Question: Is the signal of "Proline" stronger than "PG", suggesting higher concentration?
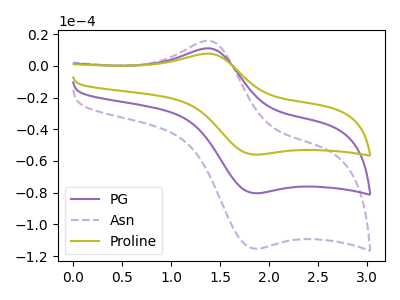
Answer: <think>The purple curve "PG" has an anodic peak at (1.40V, 11.05uA) and a cathodic peak at (1.85V, -80.30uA). The purple dashed curve "Asn" has an anodic peak at (1.40V, 22.10uA) and a cathodic peak at (1.85V, -160.55uA). The olive curve "Proline" has an anodic peak at (1.40V, 7.70uA) and a cathodic peak at (1.85V, -55.95uA).
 All the peaks in "Proline" have a peak in "PG" at the same potential. Every peak in "Proline" is lower than every peak in "PG".</think>
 <answer>"Proline" has less signal than "PG" and so likely has a lower concentration.</answer>
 <eval>less_concentration</eval>